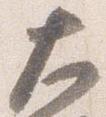
大